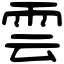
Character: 雲